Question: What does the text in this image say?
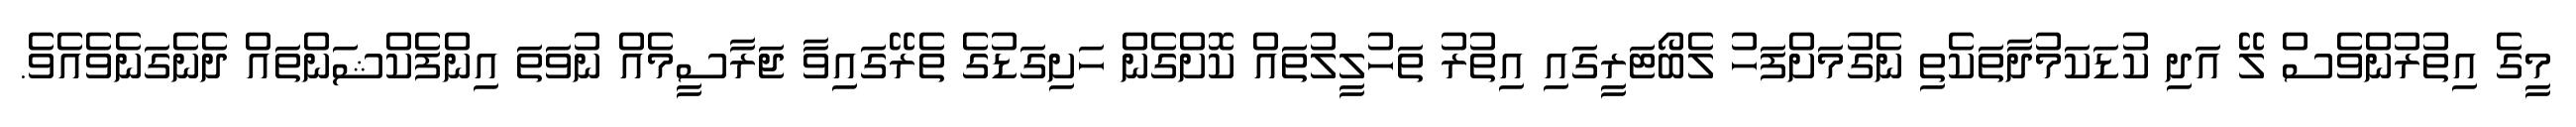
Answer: މީގެ އިތުރުންވެސް ލޭ އަދި ކުޑަކަމުދާތަކެތި ނެގުމަށްފަހު ލެބޯޓަރީގައި އިތުރު ތަހުލީލުތައް ކޮށްގެން ހަށިގަޑުގެ ތެރޭގައިވާ ޖަރާސީމެއް ނުވަތަ އިންފެކްޝަންތައް ދެނެގަނެވެއެވެ.